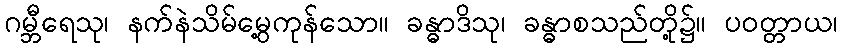
ဂမ္ဘီရေသု၊ နက်နဲသိမ်မွေ့ကုန်သော။ ခန္ဓာဒိသု၊ ခန္ဓာစသည်တို့၌။ ပဝတ္တာယ၊